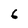
Character: 6